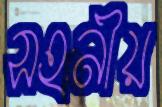
সহনীয়